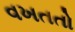
વખતતો